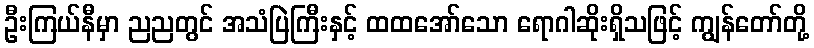
ဦးကြယ်နီမှာ ညညတွင် အသံပြဲကြီးနှင့် ထထအော်သော ရောဂါဆိုးရှိသဖြင့် ကျွန်တော်တို့